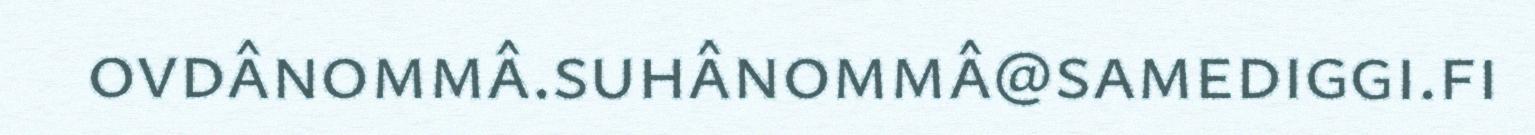
ovdânommâ.suhânommâ@samediggi.fi